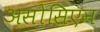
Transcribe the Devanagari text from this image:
असोसिएन